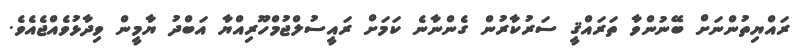
ރައްޔިތުންނަށް ބޭނުންވާ ތަރައްޤީ ސަރުކާރުން ގެންނާނެ ކަމަށް ރައީސުލްޖުމްހޫރިއްޔާ އަބްދު ޔާމީން ވިދާޅުވެއްޖެއެވެ.